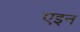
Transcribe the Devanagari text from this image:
एइन